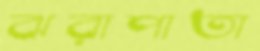
ঝরাপাতা